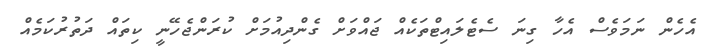
އެހެން ނަމަވެސް އެހާ ގިނަ ސެޓެލައިޓްތަކެއް ޖައްވަށް ގެންދިއުމަށް ކުރަންޖެހޭނީ ކިތައް ދަތުރުކަމެއް